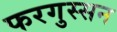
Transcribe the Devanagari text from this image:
फरगुस्सन